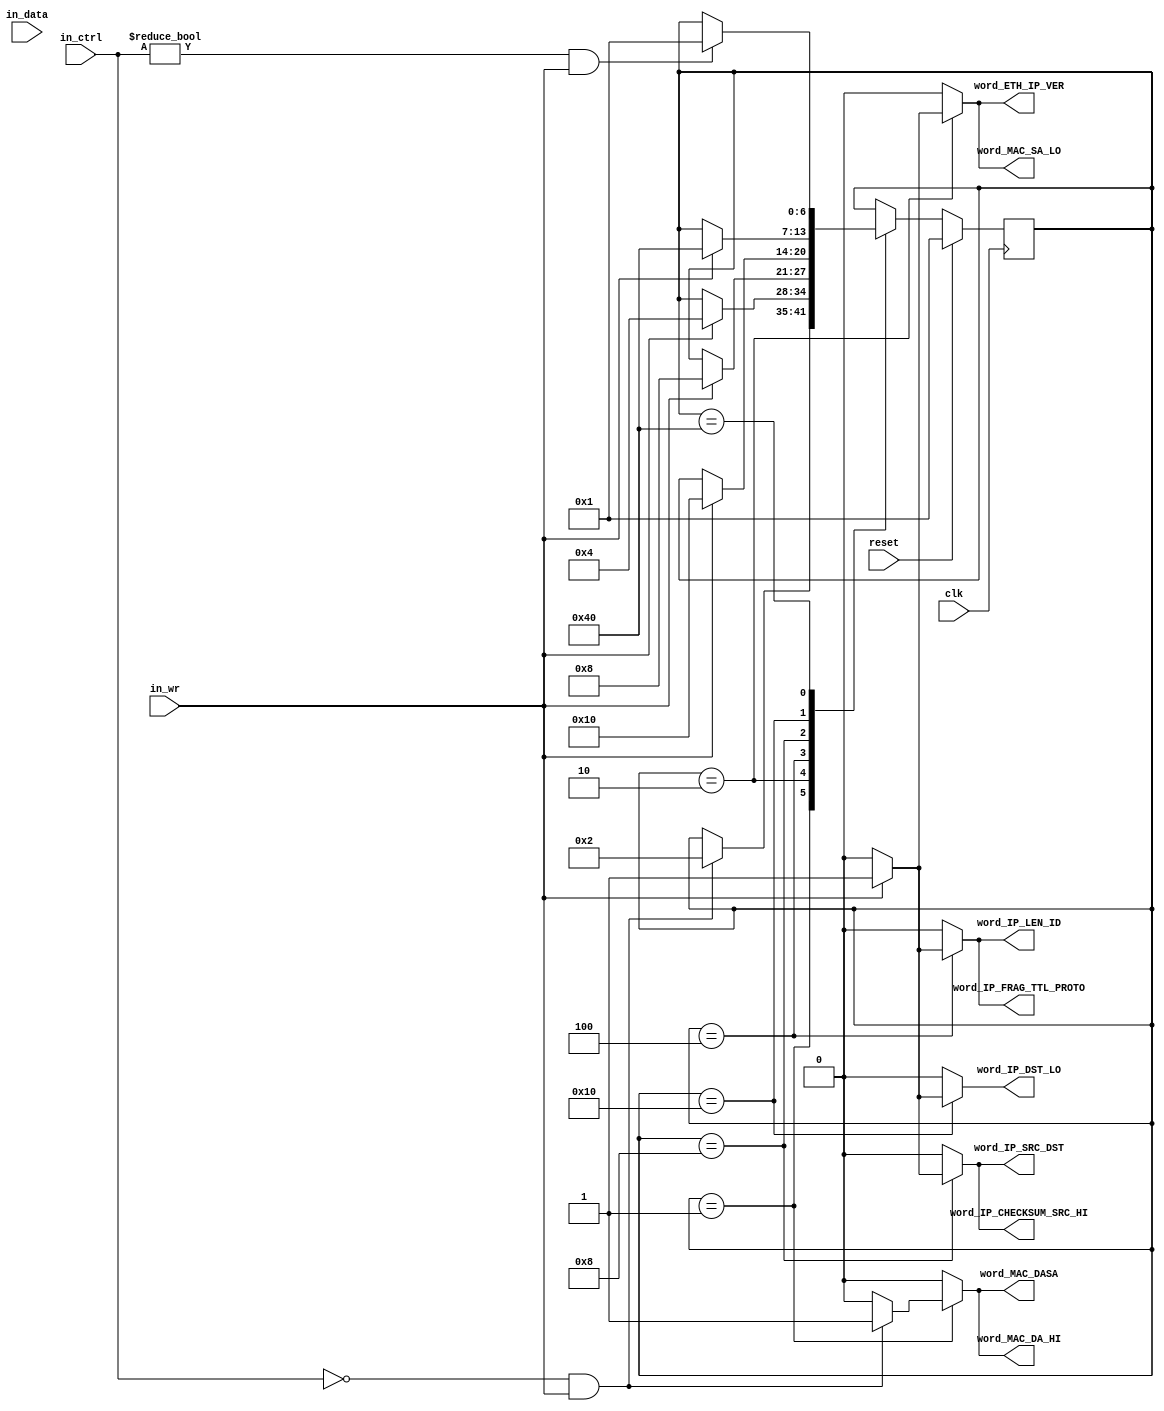
///////////////////////////////////////////////////////////////////////////////
//
// Module: preprocess_control.v
// Project: NF2.1
// Description: asserts the appropriate signals for parsing the headers
//
///////////////////////////////////////////////////////////////////////////////

  module preprocess_control
    #(parameter DATA_WIDTH = 64,
      parameter CTRL_WIDTH = DATA_WIDTH/8
      )
   (// --- Interface to the previous stage
    input  [DATA_WIDTH-1:0]            in_data,
    input  [CTRL_WIDTH-1:0]            in_ctrl,
    input                              in_wr,

    // --- Interface to other preprocess blocks
    output reg                         word_MAC_DA_HI,
    output reg                         word_MAC_DASA,
    output reg                         word_MAC_SA_LO,
    output reg                         word_ETH_IP_VER,
    output reg                         word_IP_LEN_ID,
    output reg                         word_IP_FRAG_TTL_PROTO,
    output reg                         word_IP_CHECKSUM_SRC_HI,
    output reg                         word_IP_SRC_DST,
    output reg                         word_IP_DST_LO,

    // --- Misc
    
    input                              reset,
    input                              clk
   );

   function integer log2;
      input integer number;
      begin
         log2=0;
         while(2**log2<number) begin
            log2=log2+1;
         end
      end
   endfunction // log2
   
   //------------------ Internal Parameter ---------------------------
   
   localparam SKIP_MODULE_HDRS = 1;
   localparam WORD_1           = 2;
   localparam WORD_2           = 4;
   localparam WORD_3           = 8;
   localparam WORD_4           = 16;
   localparam WORD_5           = 32;
   localparam WAIT_EOP         = 64;

   //---------------------- Wires/Regs -------------------------------
   reg [6:0]                            state, state_next;
       
   //------------------------ Logic ----------------------------------

   always @(*) begin
      state_next = state;
      word_MAC_DA_HI = 0;
      word_MAC_DASA  = 0;
      word_MAC_SA_LO = 0;
      word_ETH_IP_VER = 0;
      word_IP_LEN_ID = 0;
      word_IP_FRAG_TTL_PROTO = 0;
      word_IP_CHECKSUM_SRC_HI = 0;
      word_IP_SRC_DST = 0;
      word_IP_DST_LO = 0;
      
      case(state)
        SKIP_MODULE_HDRS: begin
           if(in_ctrl==0 && in_wr) begin
              word_MAC_DA_HI = 1;
              word_MAC_DASA  = 1;
              state_next     = WORD_1;
           end
        end

        WORD_1: begin
           if(in_wr) begin
              word_MAC_SA_LO = 1;
              word_ETH_IP_VER = 1;
              state_next = WORD_2;
           end
        end

        WORD_2: begin
           if(in_wr) begin
              word_IP_LEN_ID = 1;
              word_IP_FRAG_TTL_PROTO = 1;
              state_next = WORD_3;
           end
        end

        WORD_3: begin
           if(in_wr) begin
              word_IP_CHECKSUM_SRC_HI = 1;
              word_IP_SRC_DST = 1;
              state_next = WORD_4;
           end
        end

        WORD_4: begin
           if(in_wr) begin
              word_IP_DST_LO = 1;
              state_next = WAIT_EOP;
           end
        end

        WAIT_EOP: begin
           if(in_ctrl!=0 & in_wr) begin
              state_next = SKIP_MODULE_HDRS;
           end
        end
      endcase // case(state)
   end // always @ (*)
   
   always@(posedge clk) begin
      if(reset) begin
         state <= SKIP_MODULE_HDRS;
      end
      else begin
         state <= state_next;
      end
   end

endmodule